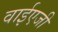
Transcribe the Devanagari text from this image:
वाईएजी